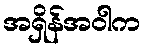
အရှိန်အဝါက